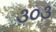
૩૦૩